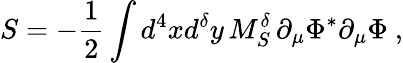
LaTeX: S=-\frac{1}{2}\int d^{4}xd^{\delta}y\, M_{S}^{\delta}\, \partial_{\mu}\Phi^{\ast}\partial_{\mu}\Phi\ ,